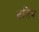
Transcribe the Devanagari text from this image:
कलिज